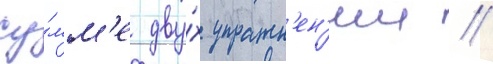
су́мм'е дву́х упражн'ен'ии //